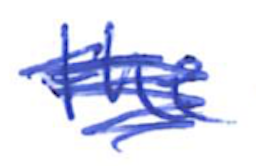
Text: the
Cross-out: scratch
Writing tool: ballpoint